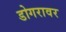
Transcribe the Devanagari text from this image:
डोगरावर